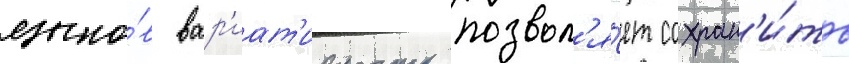
языко́в вар'иат'ивность позвол'я́ет сохран'и́ть